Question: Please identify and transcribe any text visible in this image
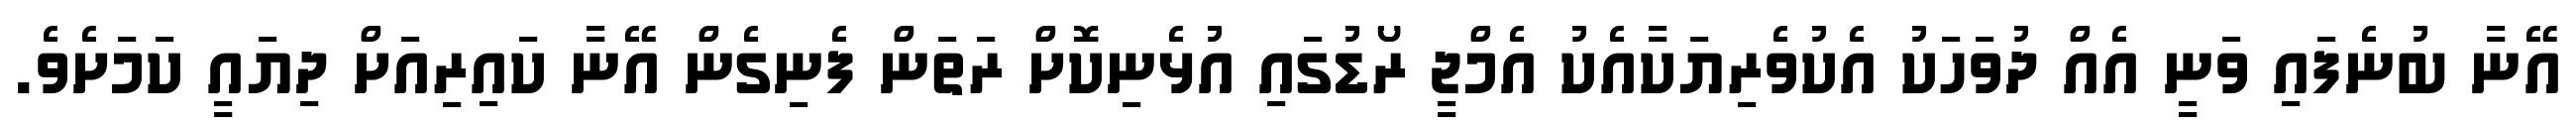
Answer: އޭނާ ބުނެފައި ވަނީ އެއް ދުވަހަކު އެކުވެރިޔަކާއެކު އެމްޖީ ރޯޑުގައި އުޅެނިކޮށް ރަތަން ފެނިގެން އޭނާ ކައިރިއަށް ދިޔައީ ކަމަށެވެ.